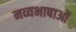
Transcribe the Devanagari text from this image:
नव्यभाषाओं